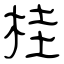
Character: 桂